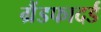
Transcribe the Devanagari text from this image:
ग्रैंडफादर्ड